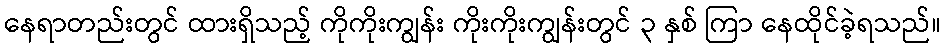
နေရာတည်းတွင် ထားရှိသည့် ကိုကိုးကျွန်း ကိုးကိုးကျွန်းတွင် ၃ နှစ် ကြာ နေထိုင်ခဲ့ရသည်။